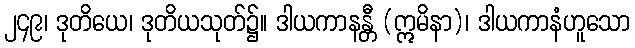
၂၄၉၊ ဒုတိယေ၊ ဒုတိယသုတ်၌။ ဒါယကာနန္တီ (ဣမိနာ)၊ ဒါယကာနံဟူသော